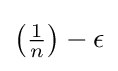
\left({\tfrac {1}{n}}\right)-\epsilon